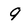
Character: 9